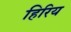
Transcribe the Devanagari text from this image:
हिरिय